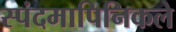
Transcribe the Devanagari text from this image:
स्पंदमापिनिकले